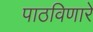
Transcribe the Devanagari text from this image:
पाठविणारे